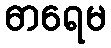
ဓာရေမ